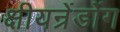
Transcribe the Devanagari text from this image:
क्षीयन्रेंडोंग